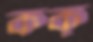
কক্‌